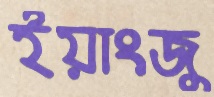
ইয়াংজু